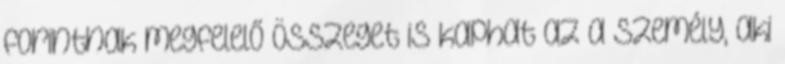
forintnak megfelelő összeget is kaphat az a személy, aki